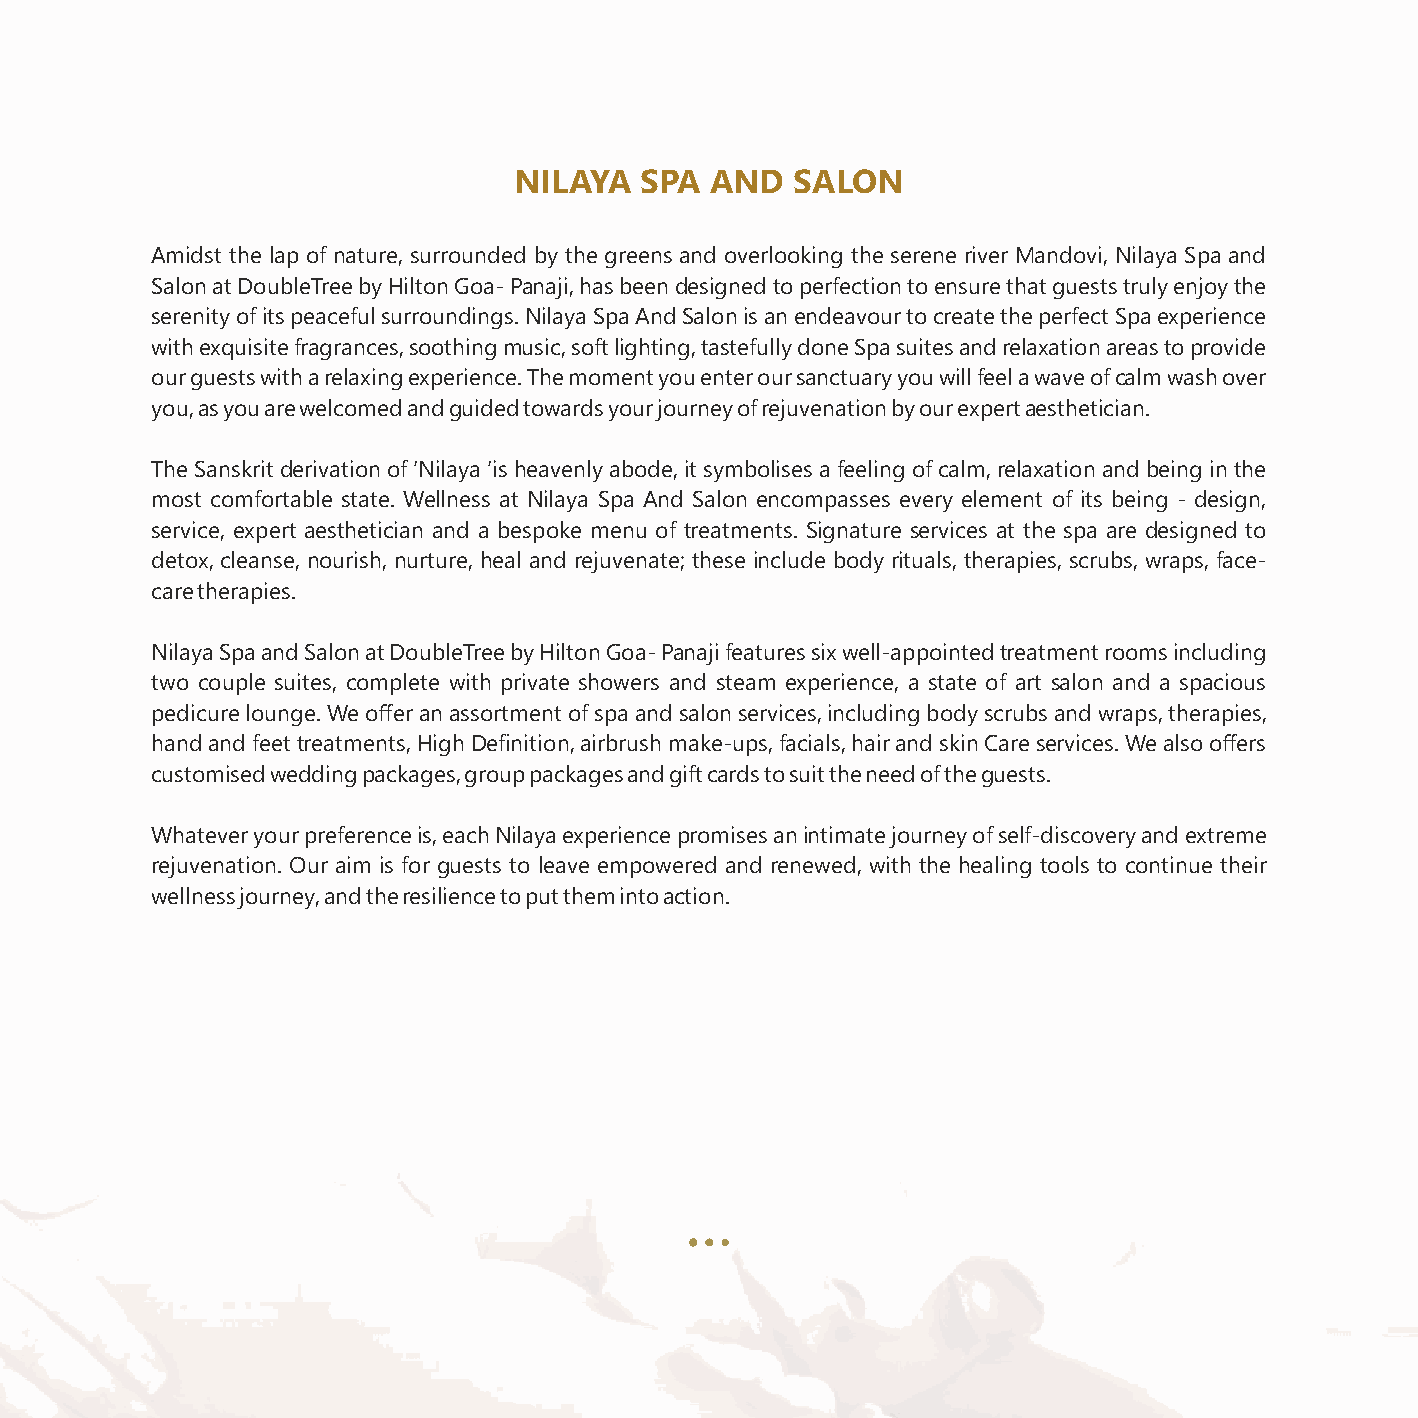
NILAYA  SPA  AND   SALON
 Amidst the lap of nature, surrounded by the greens and overlooking the serene river Mandovi, Nilaya Spa and
 Salon at DoubleTree by Hilton Goa- Panaji, has been designed to perfection to ensure that guests truly enjoy the
 serenity of its peaceful surroundings. Nilaya Spa And Salon is an endeavour to create the perfect Spa experience
 with exquisite fragrances, soothing music, soft lighting, tastefully done Spa suites and relaxation areas to provide
 our guests with a relaxing experience. The moment you enter our sanctuary you will feel a wave of calm wash over
 you, as you are welcomed and guided towards your journey of rejuvenation by our expert aesthetician.
 The Sanskrit derivation of ‘Nilaya ’is heavenly abode, it symbolises a feeling of calm, relaxation and being in the
 most comfortable state. Wellness at Nilaya Spa And Salon encompasses every element of its being - design,
 service, expert aesthetician and a bespoke menu of treatments. Signature services at the spa are designed to
 detox, cleanse, nourish, nurture, heal and rejuvenate; these include body rituals, therapies, scrubs, wraps, face-
 care therapies.
 Nilaya Spa and Salon at DoubleTree by Hilton Goa- Panaji features six well-appointed treatment rooms including
 two couple suites, complete with private showers and steam experience, a state of art salon and a spacious
 pedicure lounge. We offer an assortment of spa and salon services, including body scrubs and wraps, therapies,
 hand and feet treatments, High Definition, airbrush make-ups, facials, hair and skin Care services. We also offers
 customised wedding packages, group packages and gift cards to suit the need of the guests.
 Whatever your preference is, each Nilaya experience promises an intimate journey of self-discovery and extreme
 rejuvenation. Our aim is for guests to leave empowered and renewed, with the healing tools to continue their
 wellness journey, and the resilience to put them into action.